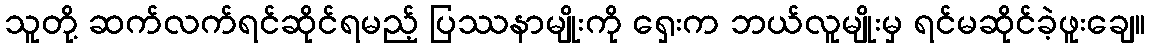
သူတို့ ဆက်လက်ရင်ဆိုင်ရမည့် ပြဿနာမျိုးကို ရှေးက ဘယ်လူမျိုးမှ ရင်မဆိုင်ခဲ့ဖူးချေ။